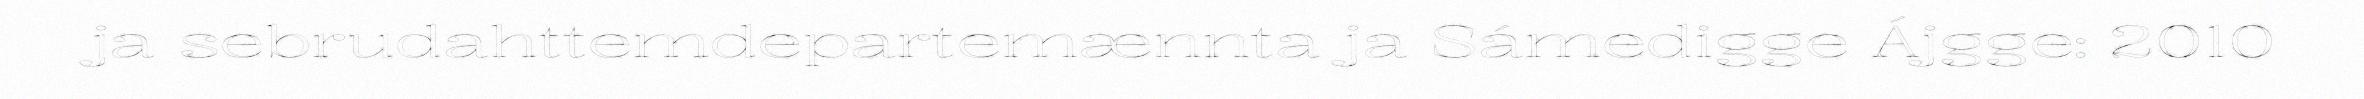
ja sebrudahttemdepartemænnta ja Sámedigge Ájgge: 2010